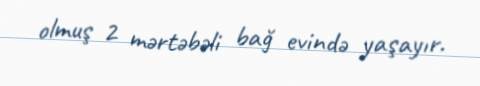
olmuş 2 mərtəbəli bağ evində yaşayır.